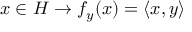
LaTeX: x \in H \to f _ { y } ( x ) = \langle x , y \rangle